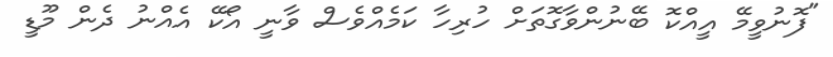
"ފޮނުވީމޭ އީއްކޮ ބޭނުންވާގޮތަށް ހުރިހާ ކަމެއްވެސް ވާނީ އޯކޭ އެއްނު ދެން މޫޑީ